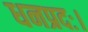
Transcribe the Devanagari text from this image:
धनप्रदः।